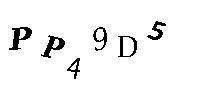
PP49D5